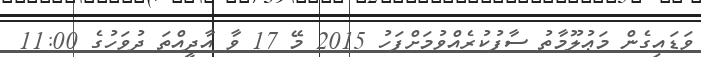
ވަޑައިގެން މަޢުލޫމާތު ސާފުކުރެއްވުމަށްފަހު 2015 މޭ 17 ވާ އާދީއްތަ ދުވަހުގެ 11:00